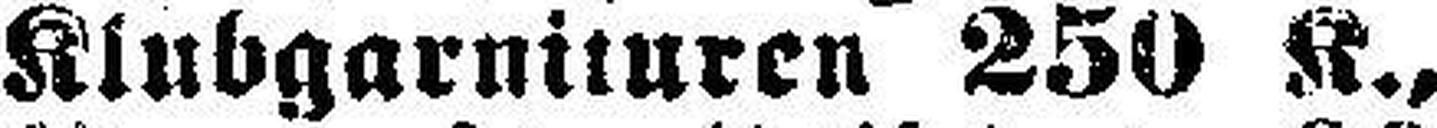
Klubgarnituren 250 K.,